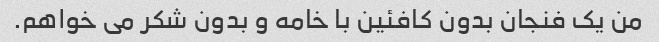
من یک فنجان بدون کافئین با خامه و بدون شکر می خواهم.